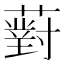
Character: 薱